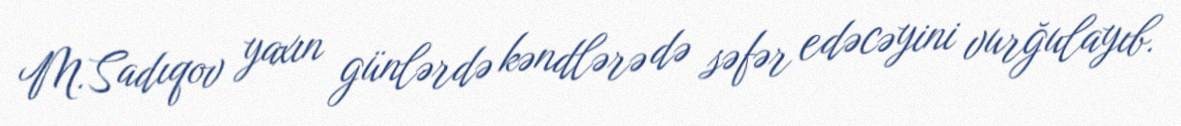
M.Sadıqov yaxın günlərdə kəndlərə də səfər edəcəyini vurğulayıb.